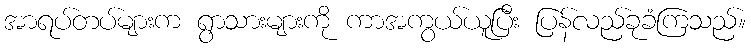
အာရပ်တပ်များက ရွာသားများကို ကာအကွယ်ယူပြီး ပြန်လည်ခုခံကြသည်။